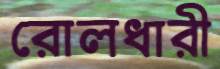
রোলধারী